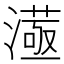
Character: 𣾛